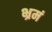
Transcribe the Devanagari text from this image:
भ्रमं